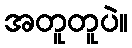
အတူတူပဲ။